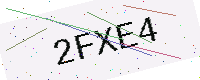
Text: 2FXE4